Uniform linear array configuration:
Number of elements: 16
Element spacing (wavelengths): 1
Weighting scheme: hamming
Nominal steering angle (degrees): -60
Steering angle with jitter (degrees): -58.198
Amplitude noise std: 0.05
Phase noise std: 0.05

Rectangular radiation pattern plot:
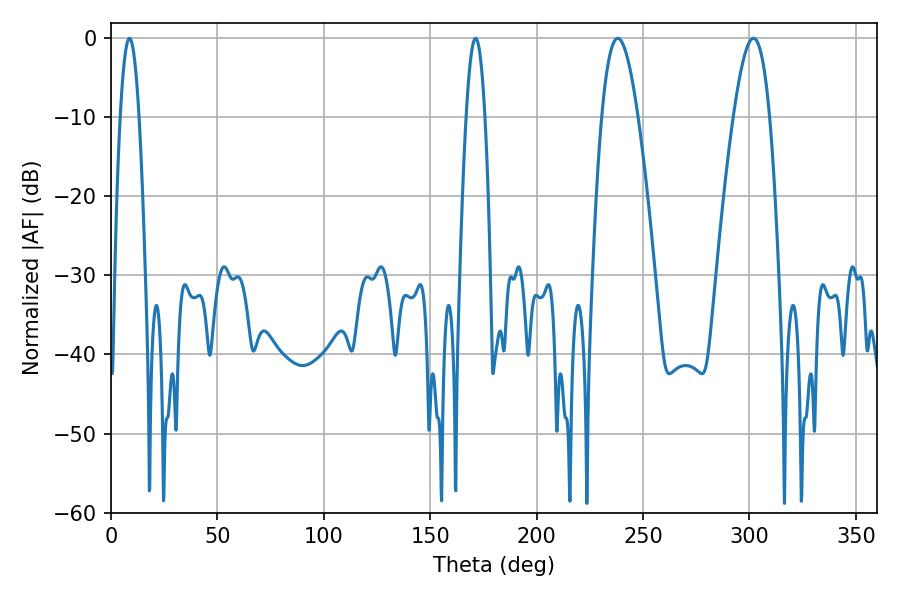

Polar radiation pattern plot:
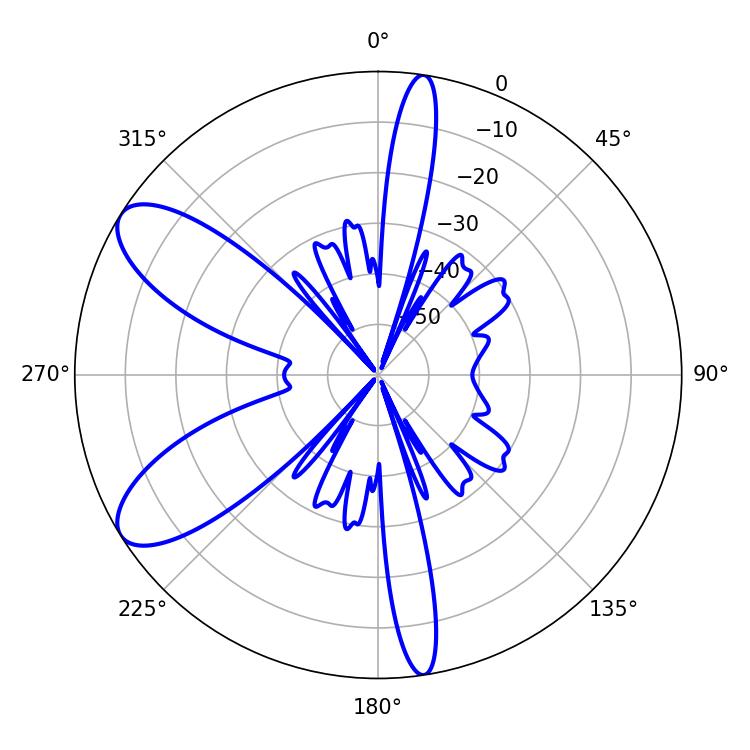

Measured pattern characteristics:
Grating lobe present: TRUE
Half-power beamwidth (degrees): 9.18
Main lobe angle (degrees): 238.14